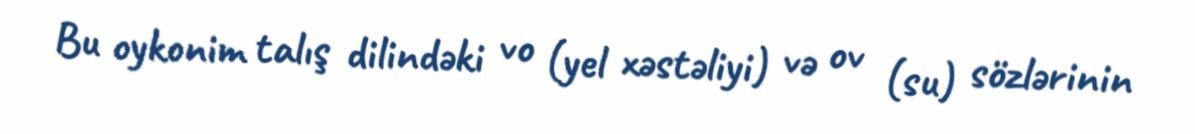
Bu oykonim talış dilindəki vo (yel xəstəliyi) və ov (su) sözlərinin